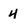
Character: 4